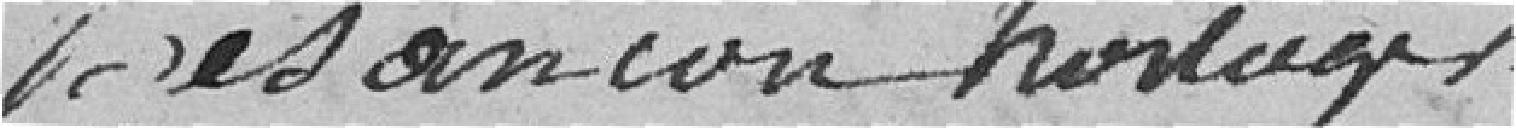
Besançon  horloger